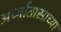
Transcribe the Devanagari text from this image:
अर्ध्यातासाच्या